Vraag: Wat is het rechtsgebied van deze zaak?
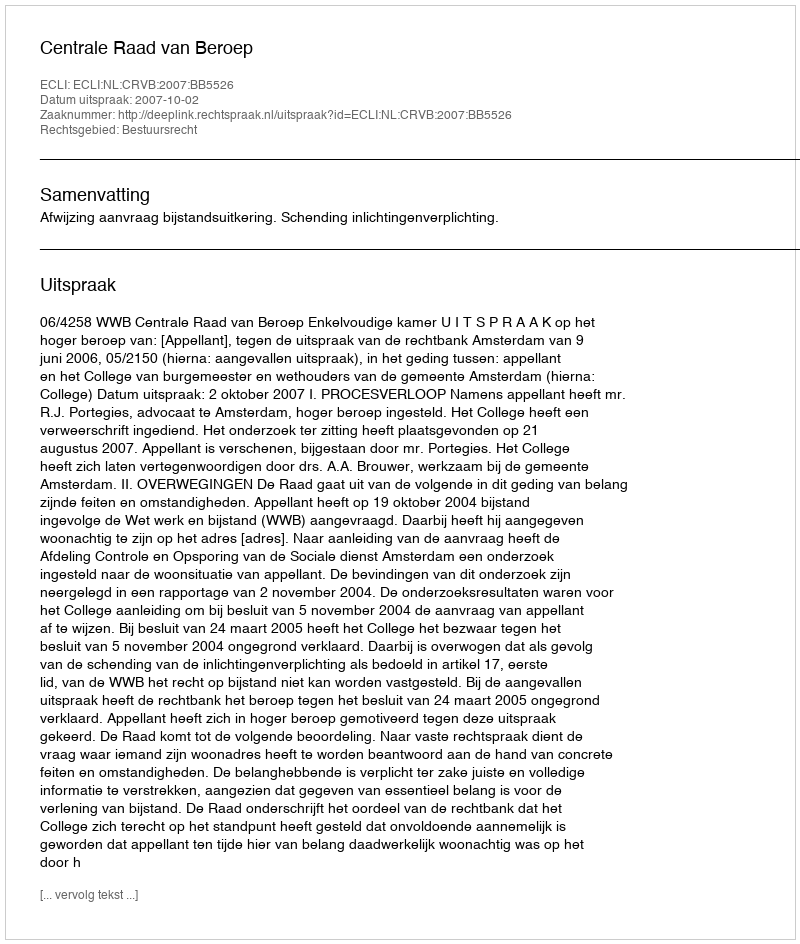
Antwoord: Bestuursrecht